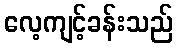
လေ့ကျင့်ခန်းသည်